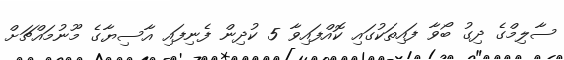
ސާލިމްގެ ދިގު ބޯވާ ފައިތަކުގައި ކޮއްފައިވާ 5 ކުދިން ފެނިފައި އާސިޔާގެ މޫނުމައްޗަށް